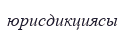
юрисдикциясы